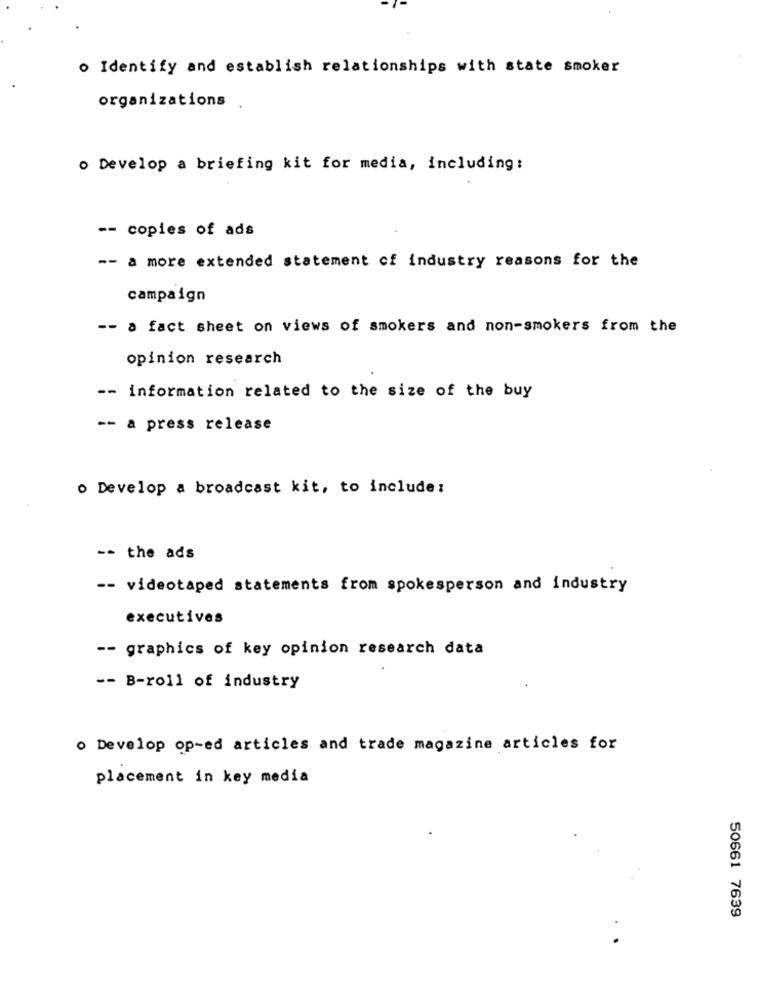
. Identify and establish relationships with state smoker
organizations
o Develop a briefing kit for media, including:
-- copies of ads
-- a more extended statement of industry reasons for the
campaign
-- a fact sheet on views of smokers and non-smokers from the
opinion research
-- information related to the size of the buy
-- a press release
o Develop a broadcast kit, to include :
-- the ads
-- videotaped statements from spokesperson and industry
executives
-- graphics of key opinion research data
-- B-roll of industry
o Develop op-ed articles and trade magazine articles for
placement in key media
50661 7639